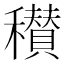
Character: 𥣪